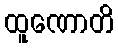
ထူဏောတိ